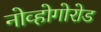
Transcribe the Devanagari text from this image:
नोव्होगोरोड